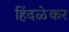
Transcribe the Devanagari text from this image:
हिंदळेकर